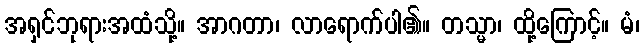
အရှင်ဘုရားအထံသို့။ အာဂတာ၊ လာရောက်ပါ၏။ တသ္မာ၊ ထို့ကြောင့်။ မံ၊